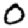
Digit: 0